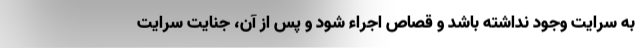
به سرایت وجود نداشته باشد و قصاص اجراء شود و پس از آن، جنایت سرایت